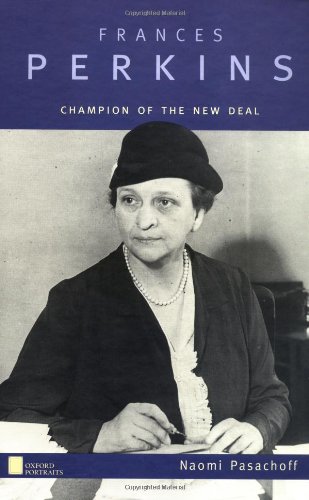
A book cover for Frances Perkins: Champion of the New Deal (Oxford Portraits); Naomi Pasachoff; Teen & Young Adult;